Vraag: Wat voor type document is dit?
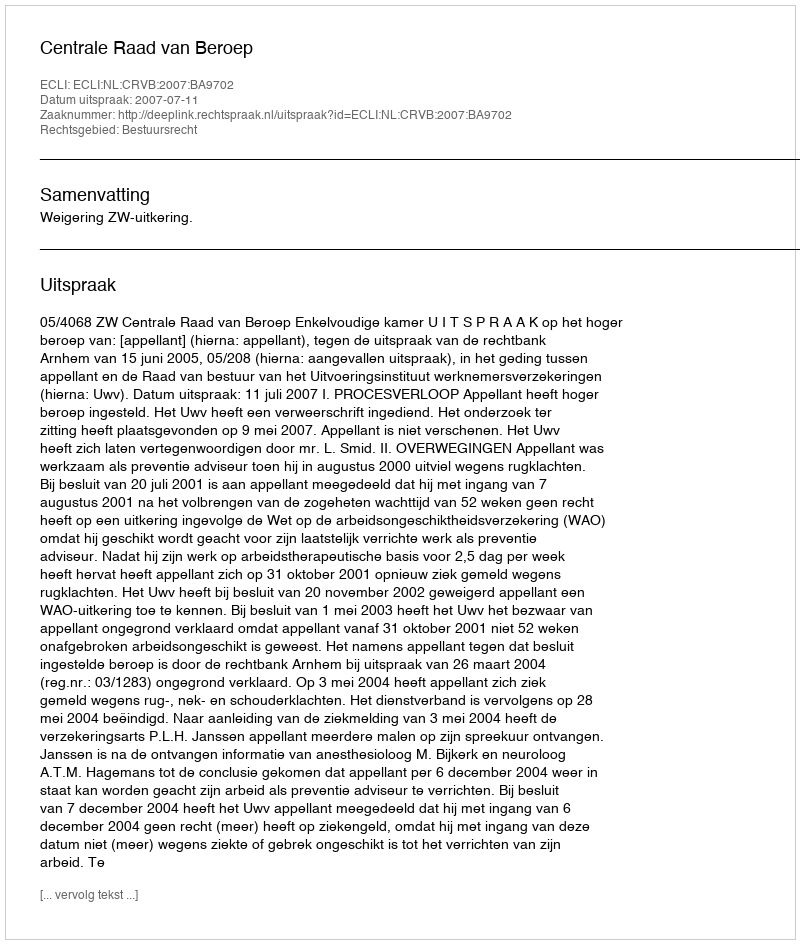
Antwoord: Uitspraak